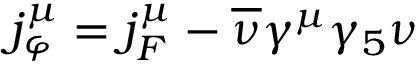
j _ { \varphi } ^ { \mu } = j _ { F } ^ { \mu } - \overline { { { \nu } } } \gamma ^ { \mu } \gamma _ { 5 } \nu